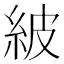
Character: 紴